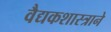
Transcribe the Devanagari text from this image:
वैद्यकशास्त्राने